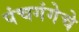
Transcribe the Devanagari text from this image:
पंचगंगेचे